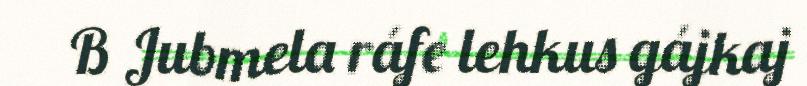
B Jubmela ráfe lehkus gájkaj